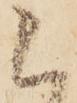
被